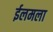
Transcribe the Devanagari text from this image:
ईलमला